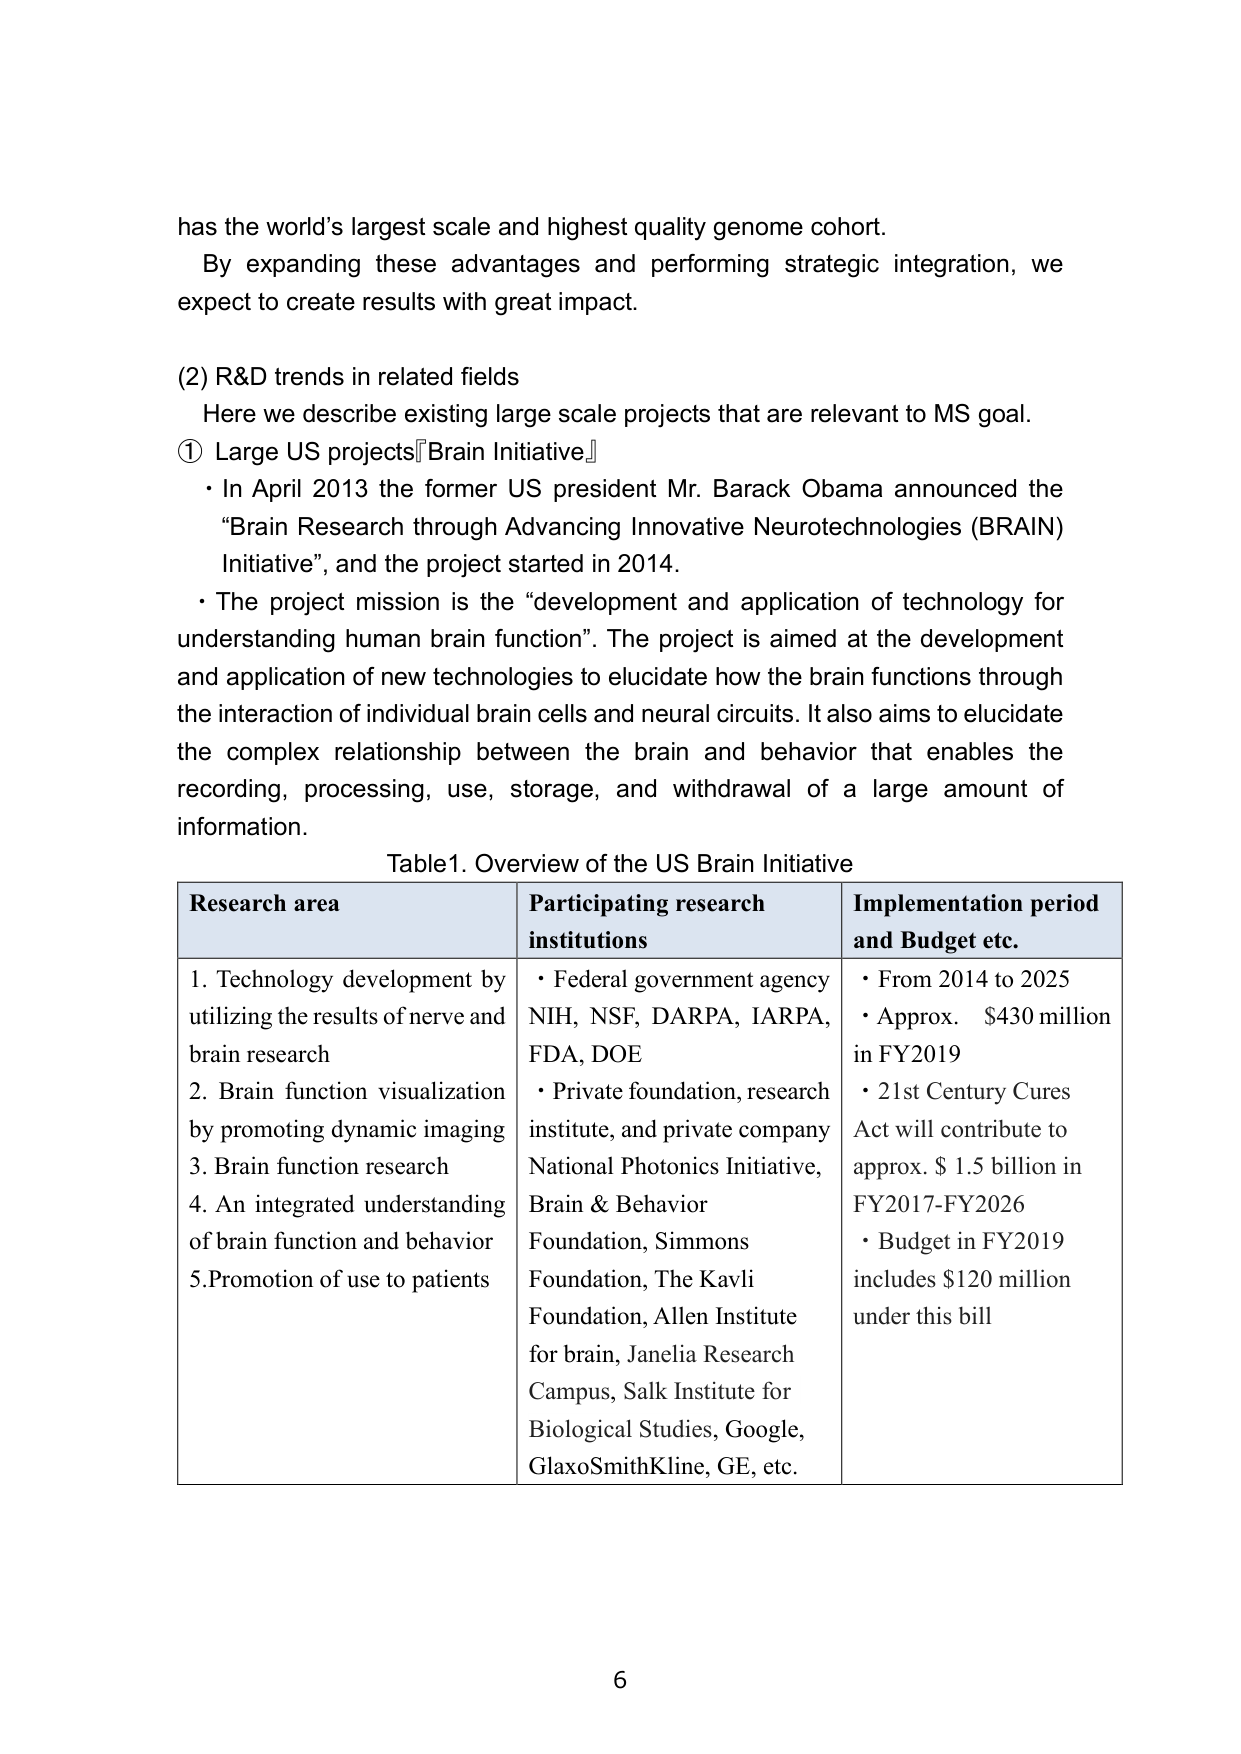
has the world's largest scale and highest quality genome cohort.
By expanding these advantages and performing strategic integration, we expect to create results with great impact.

(2) R&D trends in related fields
Here we describe existing large scale projects that are relevant to MS goal.
① Large US projects『Brain Initiative』
• In April 2013 the former US president Mr. Barack Obama announced the “Brain Research through Advancing Innovative Neurotechnologies (BRAIN) Initiative”, and the project started in 2014.
• The project mission is the “development and application of technology for understanding human brain function”. The project is aimed at the development and application of new technologies to elucidate how the brain functions through the interaction of individual brain cells and neural circuits. It also aims to elucidate the complex relationship between the brain and behavior that enables the recording, processing, use, storage, and withdrawal of a large amount of information.

Table1. Overview of the US Brain Initiative
Research area	Participating research institutions	Implementation period and Budget etc.
1. Technology development by utilizing the results of nerve and brain research
2. Brain function visualization by promoting dynamic imaging
3. Brain function research
4. An integrated understanding of brain function and behavior
5. Promotion of use to patients	• Federal government agency NIH, NSF, DARPA, IARPA, FDA, DOE
• Private foundation, research institute, and private company National Photonics Initiative, Brain & Behavior Foundation, Simmons Foundation, The Kavli Foundation, Allen Institute for brain, Janelia Research Campus, Salk Institute for Biological Studies, Google, GlaxoSmithKline, GE, etc.	• From 2014 to 2025
• Approx. $430 million in FY2019
• 21st Century Cures Act will contribute to approx. $1.5 billion in FY2017-FY2026
• Budget in FY2019 includes $120 million under this bill

6